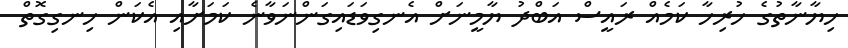
ހިޔާނާތުގެ ހުރިހާ ކަމެއް ރައީސް އަބްދު ޔާމީނަށް އެނގިވަޑައިގަންނަވާނެ ކަމަށާއި އެކަން ހިނގިގޮތް